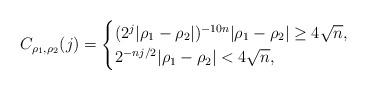
LaTeX: \begin{align*}C_{\rho_1, \rho_2}(j)=\begin{cases}(2^j|\rho_1 -\rho_2|)^{-10n} |\rho_1-\rho_2|\geq 4\sqrt{n},\\2^{-nj/2} |\rho_1 - \rho_2| < 4\sqrt{n},\end{cases}\end{align*}